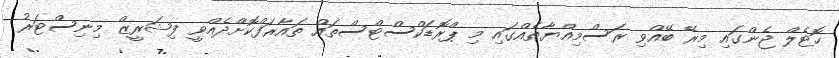
ހޮޓެލް ޖެންގައި މިރޭ ބޭއްވި ރަސްމިއްޔާތެއްގައި މި ޕްރޮޑަކްސްޓްސްތައް ތައާރަފްކޮށްދެއްވީ ފިޝަރީޒް މިނިސްޓަރު